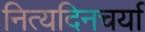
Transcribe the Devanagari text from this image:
नित्यदिनचर्या